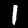
Digit: 1